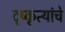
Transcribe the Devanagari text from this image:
दृष्कृत्यांचे